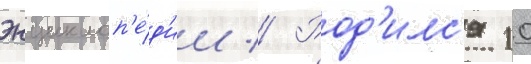
энциклоп'е́д'ии // Род'илс'я 10